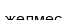
желмес